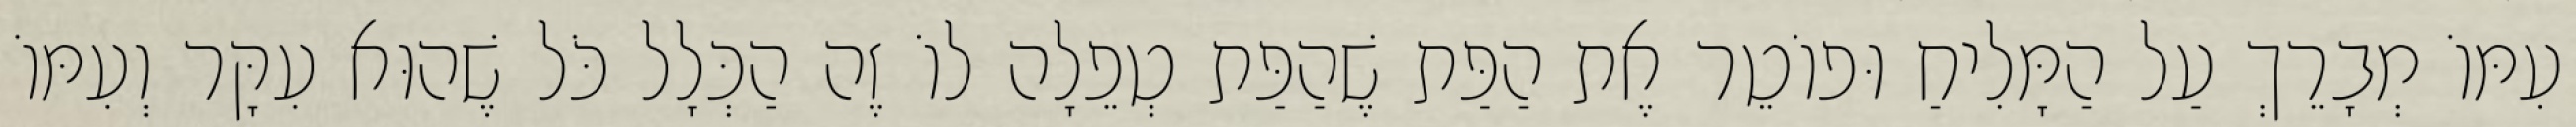
עִמּוֹ מְבָרֵךְ עַל הַמָּלִיחַ וּפוֹטֵר אֶת הַפַּת שֶׁהַפַּת טְפֵלָה לוֹ זֶה הַכְּלָל כֹּל שֶׁהוּא עִקָּר וְעִמּוֹ